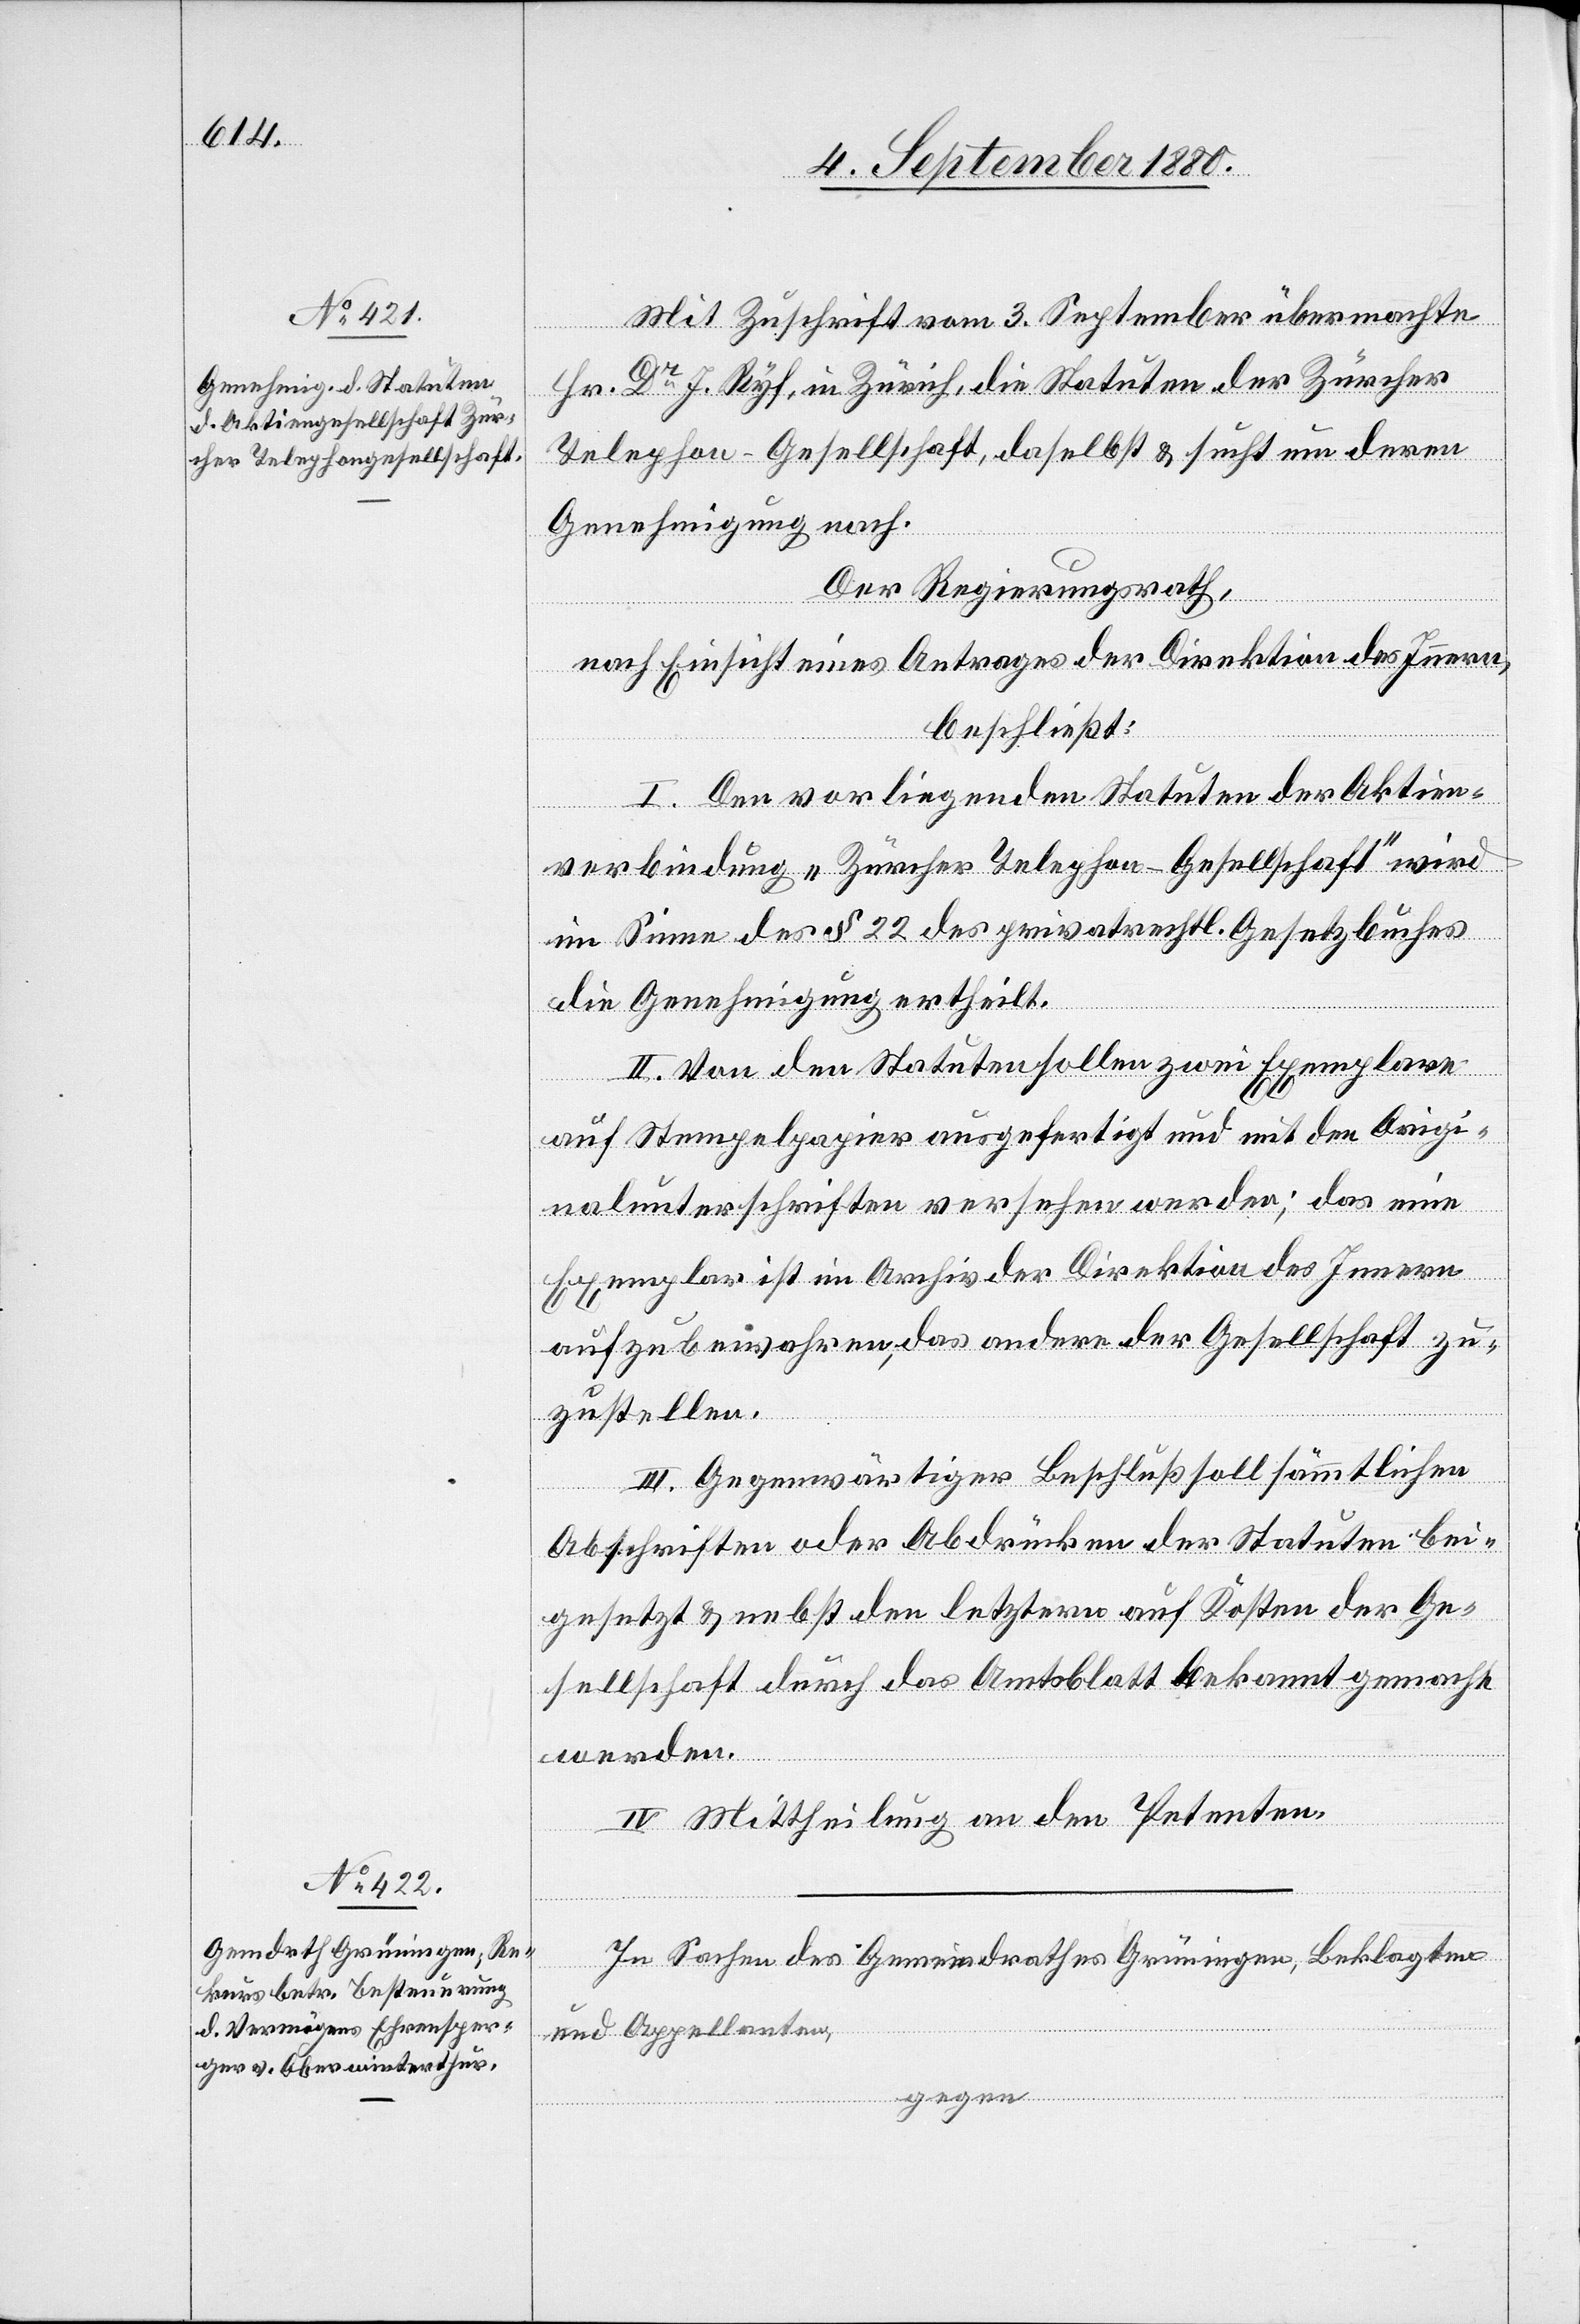
Mit Zuschrift vom 3. September übermachte
Hr. Dr J. Ryf, in Zürich, die Statuten der Zürcher
Telephon-Gesellschaft, daselbst & sucht um deren
Genehmigung nach.
Der Regierungsrath,
nach Einsicht eines Antrages der Direktion des Innern
beschließt:
I. Den vorliegenden Statuten der Aktien¬
verbindung „Zürcher Telephon-Gesellschaft“ wird
im Sinne des § 22 des privatrechtl. Gesetzbuches
die Genehmigung ertheilt.
II. Von den Statuten sollen zwei Exemplare
auf Stempelpapier ausgefertigt und mit den Origi¬
nalunterschriften versehen werden; das eine
Exemplar ist im Archiv der Direktion des Innern
aufzubewahren, das andere der Gesellschaft zu¬
zustellen.
III. Gegenwärtiger Beschluß soll sämmtlichen
Abschriften oder Abdrücken der Statuten bei¬
gesetzt & nebst den letztern auf Kosten der Ge¬
sellschaft durch das Amtsblatt bekannt gemacht
werden.
IV. Mittheilung an den Petenten.
In Sachen des Gemeindrathes Grüningen, Beklagten
und Appellanten,
gegen